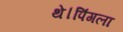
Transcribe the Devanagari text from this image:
थे।पिंगला